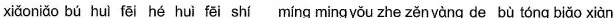
xiǎo niǎo bú huì feī hé huì feī shí míng ming yǒu zhe zěn yàng de bù tóng biǎo xiàn